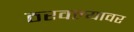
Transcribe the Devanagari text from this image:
ठरवल्यावर